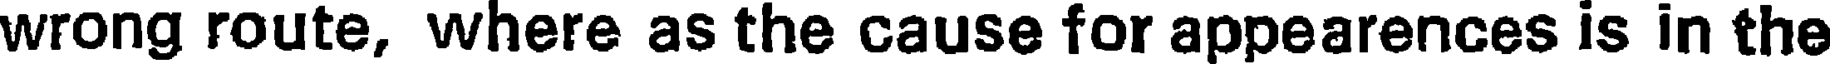
wrong route, where as the cause for appearences is in the